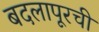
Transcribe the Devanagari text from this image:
बदलापूरची